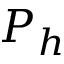
P _ { h }